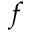
f